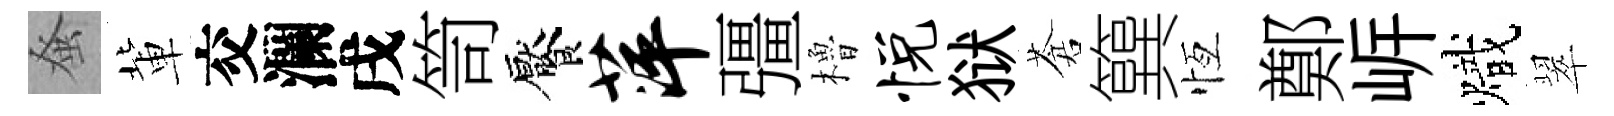
𫊫軰交瀾戌笥饜萍彊櫓悦狱蒼簨恆鄭㟁熾翠